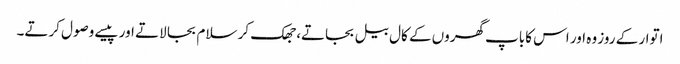
اتوار کے روز وہ اور اس کاباپ گھروں کے کال بیل بجاتے، جھک کر سلام بجا لاتے اور پیسے وصول کرتے۔